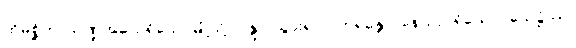
ထိုမစ္ဆိကာသဏ္ဍအမည်ရှိသောမြို့သို့။ ဂန္တွာ၊ သွား၍။ ဝိဟရန္တော၊ နေသည်ရှိသော်။ သေဋ္ဌိဿ၊